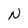
Character: N